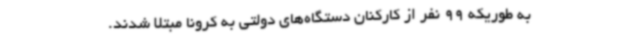
به طوریکه 99 نفر از کارکنان دستگاه‌های دولتی به کرونا مبتلا شدند.